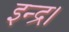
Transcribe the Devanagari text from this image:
इन्द्र।